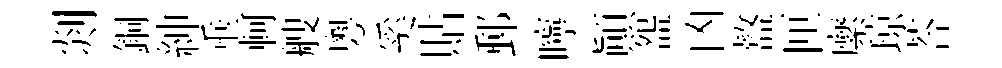
剡銅紳垂軻艘粵奚貼郵嚀顚盌凶盩匣縻琼荅